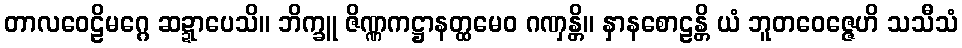
တာလဝေဠိမဂ္ဂေ ဆဍ္ဍာပေသိ။ ဘိက္ခူ ဇိဏ္ဏကဋ္ဌာနတ္ထမေဝ ဂဏှန္တိ။ နှာနစောဠန္တိ ယံ ဘူတဝေဇ္ဇေဟိ သသီသံ